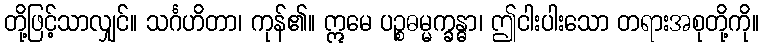
တို့ဖြင့်သာလျှင်။ သင်္ဂဟိတာ၊ ကုန်၏။ ဣမေ ပဉ္စဓမ္မက္ခန္ဓာ၊ ဤငါးပါးသော တရားအစုတို့ကို။